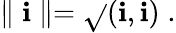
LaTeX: \parallel\mathbf{i}\parallel=\sqrt{}{{\left(\mathbf{i},\mathbf{i}\right)}}\; .